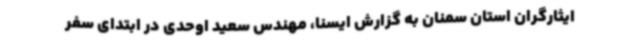
ایثارگران استان سمنان به گزارش ایسنا، مهندس سعید اوحدی در ابتدای سفر